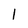
Character: l